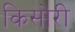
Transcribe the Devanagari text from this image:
किसोरी